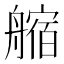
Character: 䑿